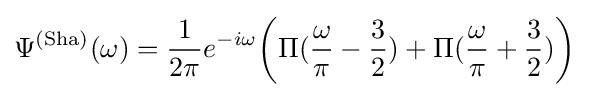
\Psi ^{\text{(Sha)}}(\omega )={\frac {1}{2\pi }}e^{-i\omega }{\bigg (}\Pi ({\frac {\omega }{\pi }}-{\frac {3}{2}})+\Pi ({\frac {\omega }{\pi }}+{\frac {3}{2}}){\bigg )}